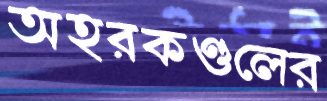
অহরকণ্ডলের